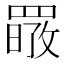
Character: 𦋷